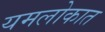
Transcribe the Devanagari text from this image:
यमलोकात